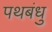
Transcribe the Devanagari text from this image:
पथबंधु